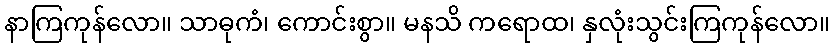
နာကြကုန်လော။ သာဓုကံ၊ ကောင်းစွာ။ မနသိ ကရောထ၊ နှလုံးသွင်းကြကုန်လော။